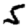
Digit: 5